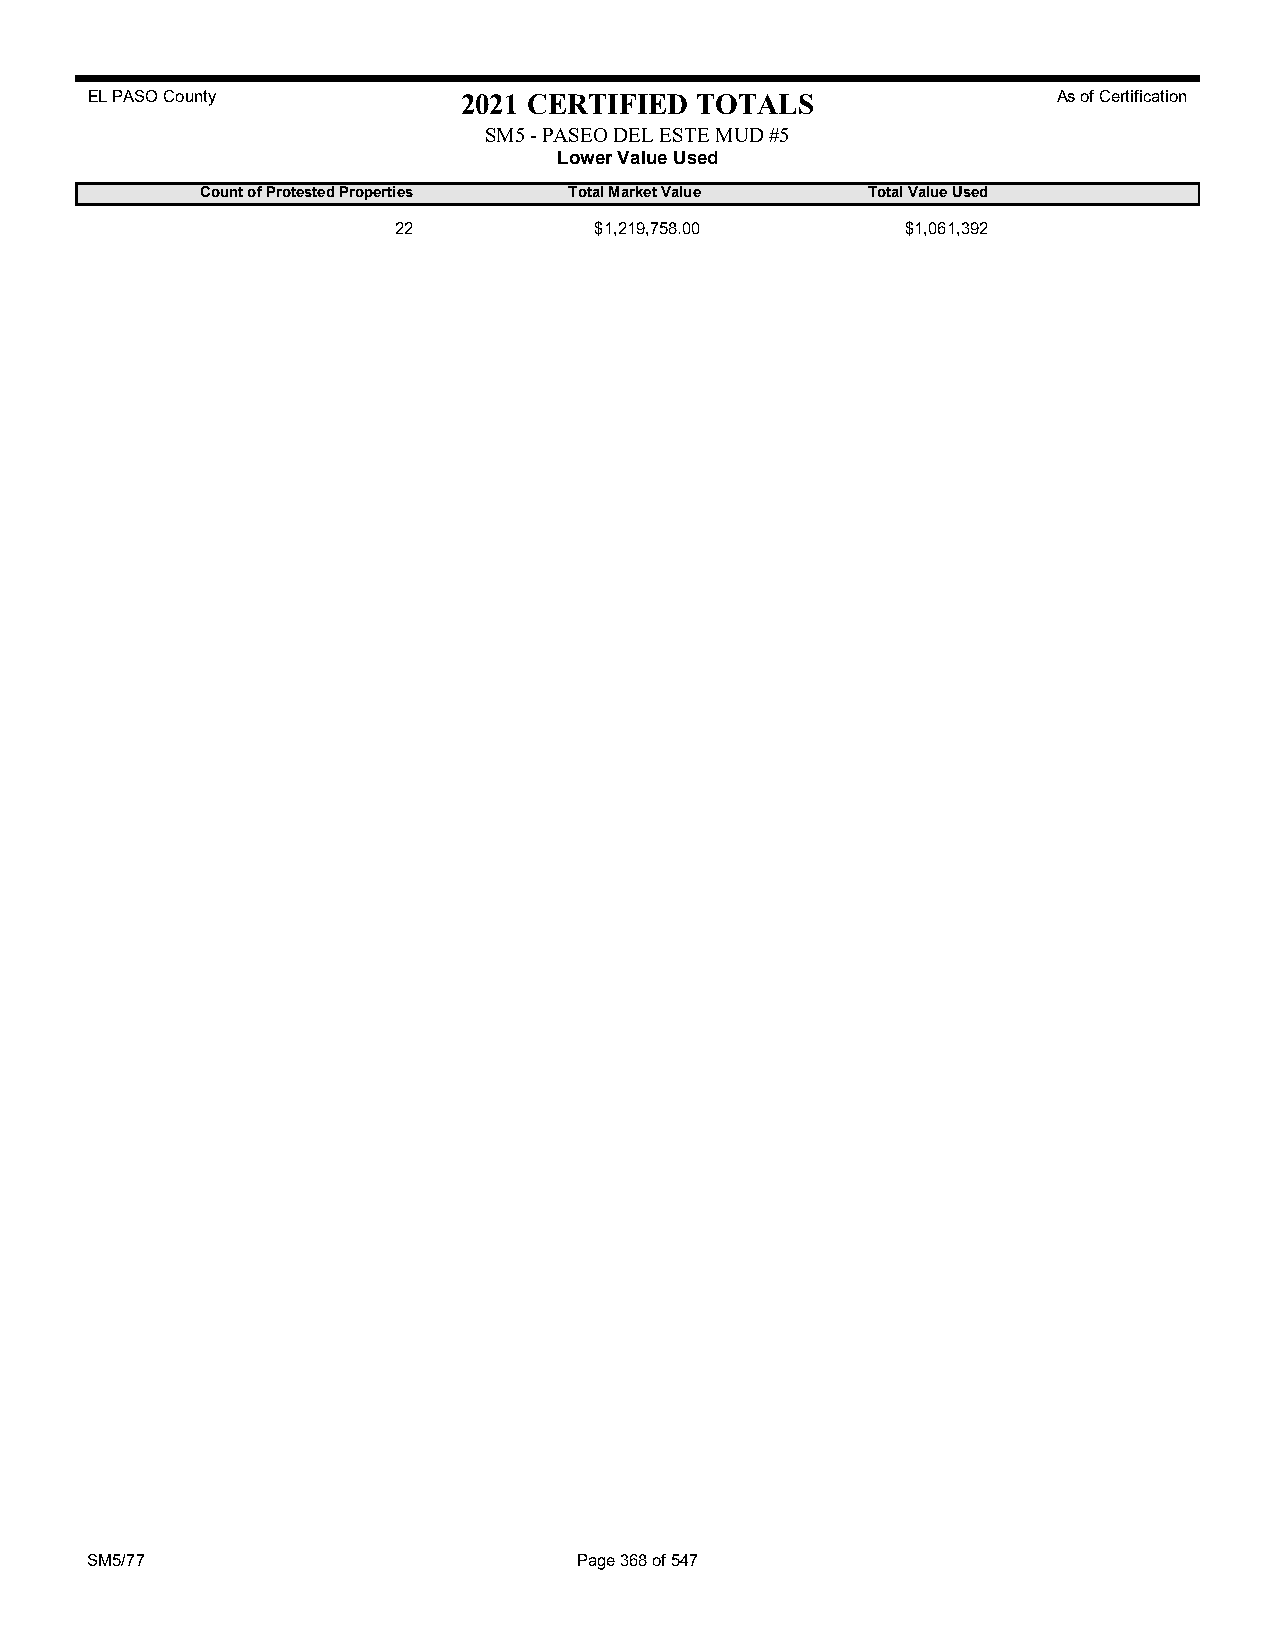
EL PASO County           2021 CERTIFIED TOTALS                  As of Certification
 SM5 - PASEO DEL ESTE MUD #5
 Lower Value Used
 Count of Protested Properties Total Market Value Total Value Used
 22           $1,219,758.00        $1,061,392
 SM5/77                          Page 368 of 547